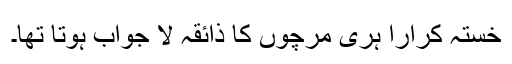
خستہ کرارا ہری مرچوں کا ذائقہ لا جواب ہوتا تھا۔